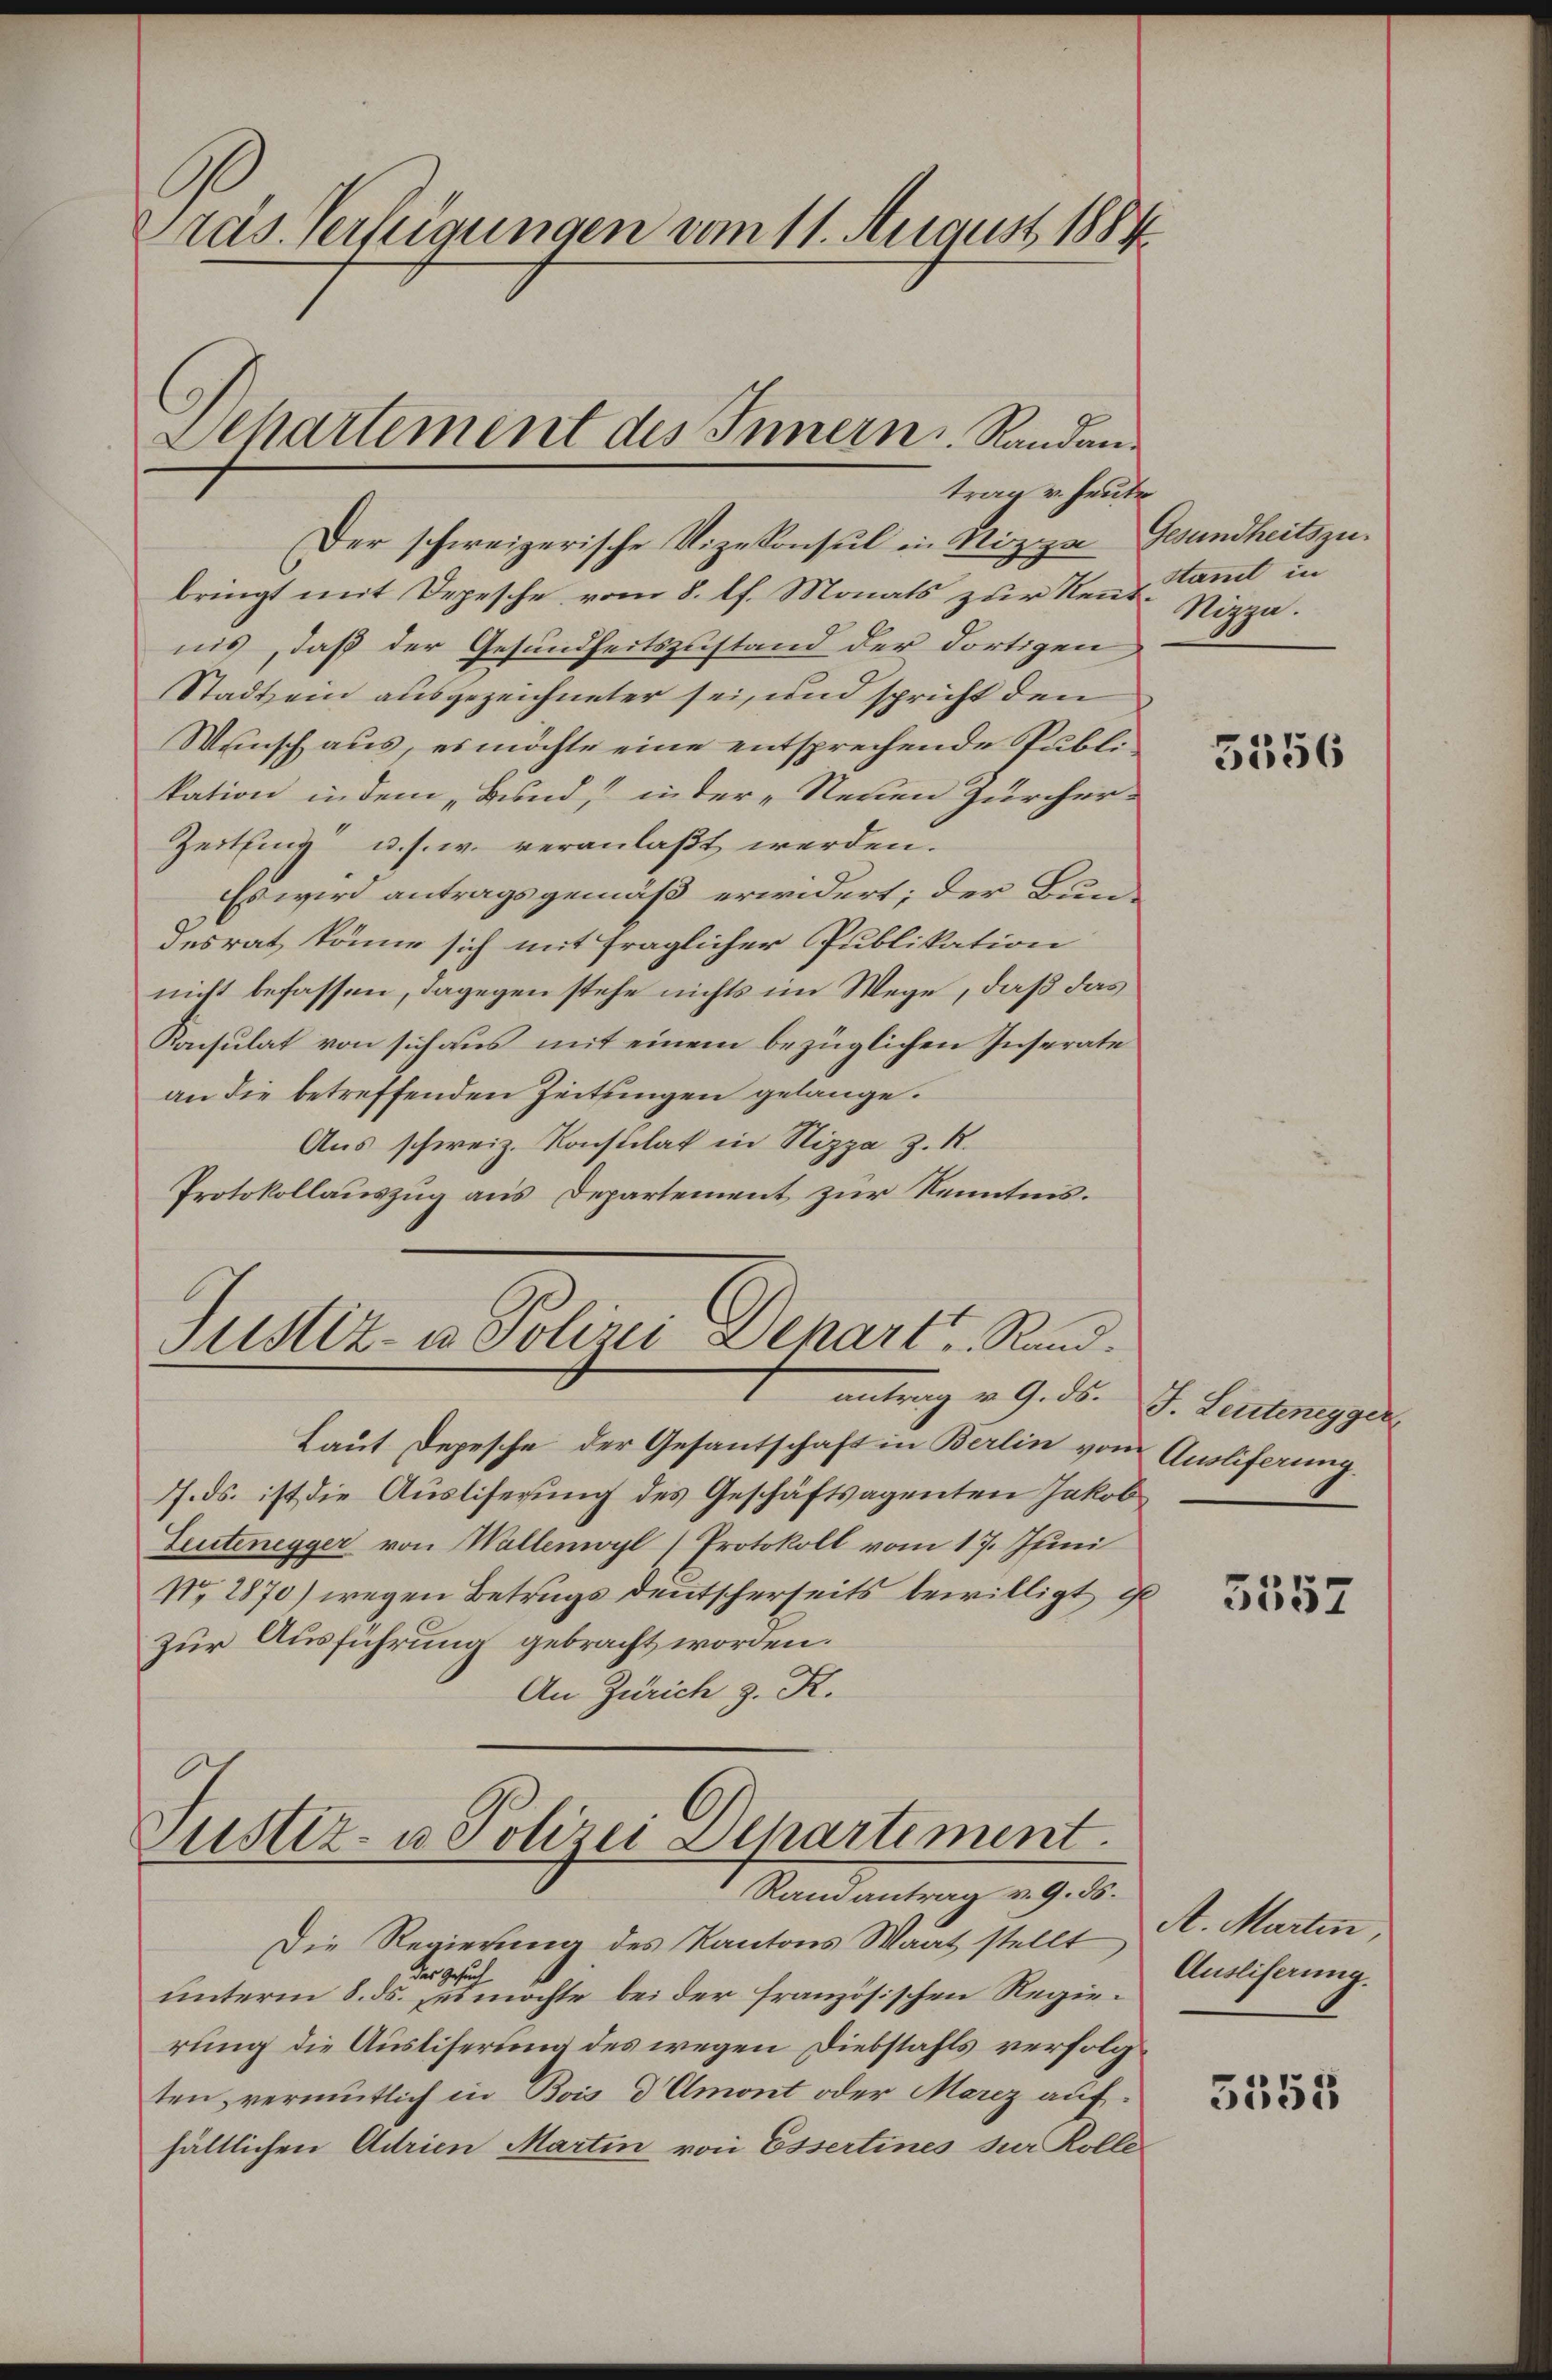
Präs. Verfügungen vom 11. August 1884

Der schweizerische Vizekonsul in Nizza Gesundheitszubringt mit Depesche vom 8. lf. Monats zur Kennt Nizza
nis, daß der Gesundheitszustand der dortigen
Stadt ein ausgezeichneter sei, und spricht den
Wunsch aus, es möchte eine entsprechende Publikation in dem „Bund, in der „Neuen zürcher-
Zeitung u. s. w. veranlaßt werden.
Es wird antragsgemäß erwidert; der Bundesrat könne sich mit fraglicher Publikation
nicht befassen, dagegen stehe nichts im Wege, daß das
Konsulat von sich aus mit einem bezüglichen Inserate
an die betreffenden Zeitungen gelange.
Aus schweiz. Konstilat in Nizza z. R.
Protokollauszug aus Departement zur Kenntnis.
Justiz- u. Polizei Depart, Rand.
antrag v. 9. ds.
Laut Depesche der Gesantschaft in Berlin von Ausliferung.
7. ds. ist die Ausliserung des Geschäftsagenten Jakob
Leutenegger von Wallenwyl (Protokoll vom 17. Juni
No. 1870) wegen Betrugs deutscherseits bewilligt, d
zur Ausführung gebracht worden.
An Zürich z. K.

Departement des Innern Randantrag v. heute

Justiz- u Polizei Departiment.
Ramantrag v. 9. ds.

Die Regierung des Kantons Saat stellt,
 das Gesuch
unterm 8. ds. ses möchte bei der französischen Regierung die Ausliserung des wegen Diebstahls verfolgten, vermutlich in Bois d Amont oder Merz aufhältlichen Adrien Martin von Essertines zur Kolle¬

stant in

5356

J. Leutenegger

3557

A. Martin,
Ausliferung.

3555